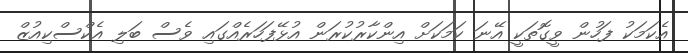
އެކަމަކު ފަހުން ވީގޮތަކީ އޭނަ ކަމަކަށް އިންކާރުކުރަން އުޅޭފަހަރެއްގައި ވެސް ބަލި އެކްސްކިއުޒް